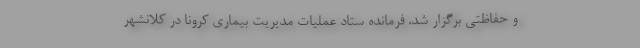
و حفاظتی برگزار شد، فرمانده ستاد عملیات مدیریت بیماری کرونا در کلانشهر